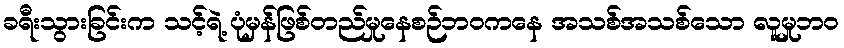
ခရီးသွားခြင်းက သင့်ရဲ့ ပုံမှန်ဖြစ်တည်မှုနေစဉ်ဘဝကနေ အသစ်အသစ်သော လူမှုဘဝ